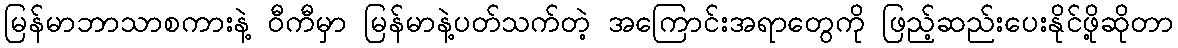
မြန်မာဘာသာစကားနဲ့ ဝီကီမှာ မြန်မာနဲ့ပတ်သက်တဲ့ အကြောင်းအရာတွေကို ဖြည့်ဆည်းပေးနိုင်ဖို့ဆိုတာ